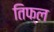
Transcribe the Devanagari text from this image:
तिफ्ल